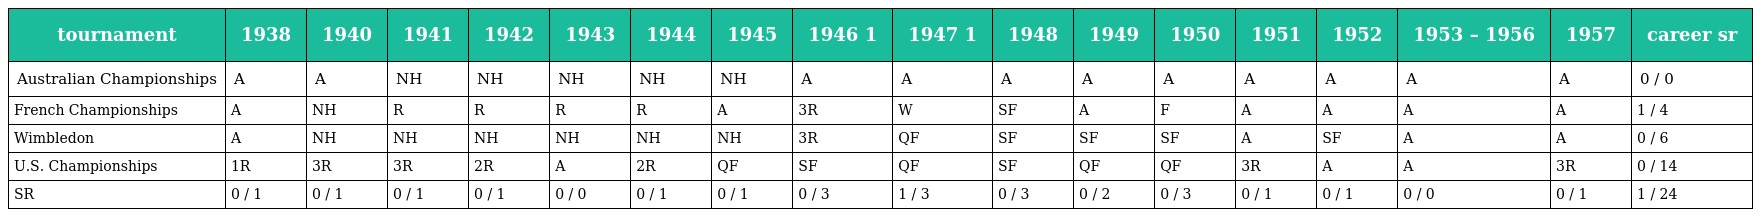
| tournament | 1938 | 1940 | 1941 | 1942 | 1943 | 1944 | 1945 | 1946 1 | 1947 1 | 1948 | 1949 | 1950 | 1951 | 1952 | 1953 – 1956 | 1957 | career sr |
 | --- | --- | --- | --- | --- | --- | --- | --- | --- | --- | --- | --- | --- | --- | --- | --- | --- | --- |
 | Australian Championships | A | A | NH | NH | NH | NH | NH | A | A | A | A | A | A | A | A | A | 0 / 0 |
 | French Championships | A | NH | R | R | R | R | A | 3R | W | SF | A | F | A | A | A | A | 1 / 4 |
 | Wimbledon | A | NH | NH | NH | NH | NH | NH | 3R | QF | SF | SF | SF | A | SF | A | A | 0 / 6 |
 | U.S. Championships | 1R | 3R | 3R | 2R | A | 2R | QF | SF | QF | SF | QF | QF | 3R | A | A | 3R | 0 / 14 |
 | SR | 0 / 1 | 0 / 1 | 0 / 1 | 0 / 1 | 0 / 0 | 0 / 1 | 0 / 1 | 0 / 3 | 1 / 3 | 0 / 3 | 0 / 2 | 0 / 3 | 0 / 1 | 0 / 1 | 0 / 0 | 0 / 1 | 1 / 24 |